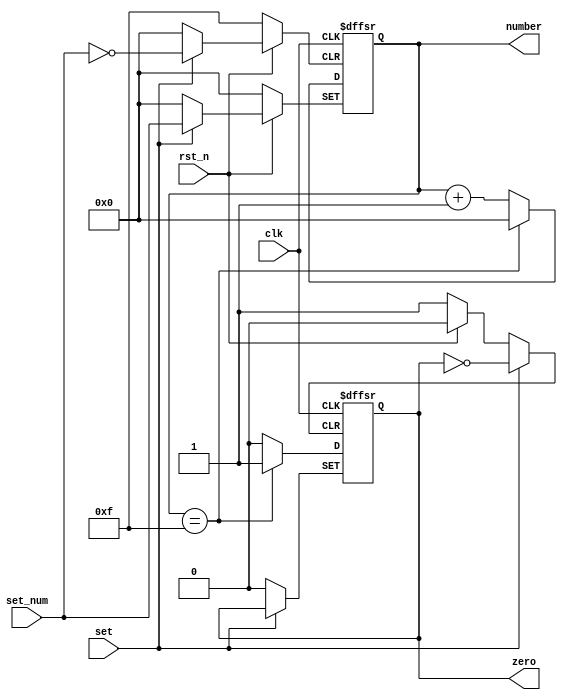
module sc1(input set,input [3:0] set_num,input clk, input rst_n,output reg zero=0,output reg[3:0] number=0);
always@(posedge clk, negedge rst_n,posedge set)begin
	if(!rst_n) begin
		zero<=0;
		number<=0;
		end
	else if(set)
		number<=set_num;
	else if(number==15)begin
		zero<=1;
		number<=0;
end
	else begin
		number<=number+1;
		zero<=0;
end
	end

endmodule